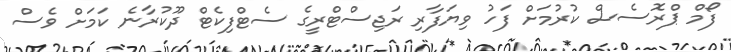
ފޯމް ޕްރޮސެސް ކުރުމަށް ފަހު ވިޔަފާރި ރަޖިސްޓްރީގެ ސެޓްފިކެޓް ދޫކުރާނެ ކަމަށް ވެސް